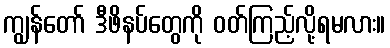
ကျွန်တော် ဒီဖိနပ်တွေကို ဝတ်ကြည့်လို့ရမလား။